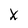
Character: X